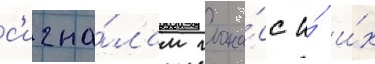
с'игна́лам глона́сс и́ и́х